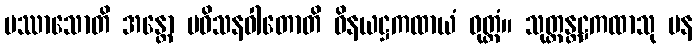
ပဿာသောတိ အန္တော ပဝိသနဝါတောတိ ဝိနယဋ္ဌကထာယံ ဝုတ္တံ။ သုတ္တန္တဋ္ဌကထာသု ပန